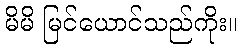
မိမိ မြင်ယောင်သည်ကိုး။